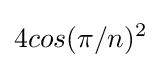
4cos(\pi /n)^{2}